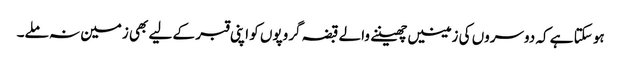
ہو سکتا ہے کہ دوسروں کی زمینیں چھیننے والے قبضہ گروپوں کو اپنی قبر کے لیے بھی زمین نہ ملے۔